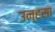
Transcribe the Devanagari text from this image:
उन्हसा